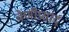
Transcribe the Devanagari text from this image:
वेणीप्रसाद